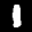
Label: 1